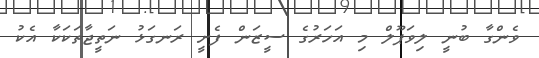
ވެންގާ ބުނީ ލިވަޕޫލް މި އަހަރުގެ ސީޒަން ފެށީ ރަނގަޅު ނަތީޖާތަކަކާ އެކު